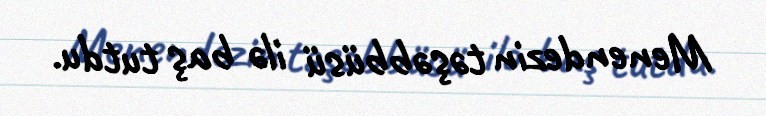
Menendezin təşəbbüsü ilə baş tutdu.